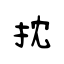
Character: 抌